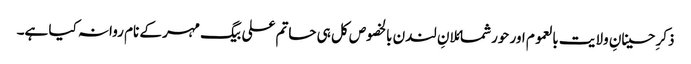
ذکرِ حسینانِ ولایت بالعموم اور حورشمائلانِ لندن بالخصوص کل ہی حاتم علی بیگ مہر کے نام روانہ کیا ہے۔